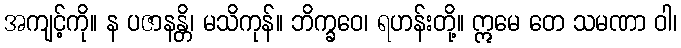
အကျင့်ကို။ န ပဇာနန္တိ၊ မသိကုန်။ ဘိက္ခဝေ၊ ရဟန်းတို့။ ဣမေ တေ သမဏာ ဝါ၊